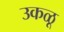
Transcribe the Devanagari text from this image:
उकळू